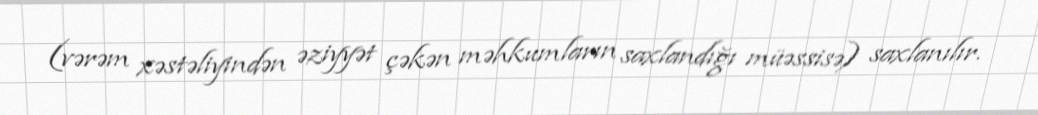
(vərəm xəstəliyindən əziyyət çəkən məhkumların saxlandığı müəssisə) saxlanılır.